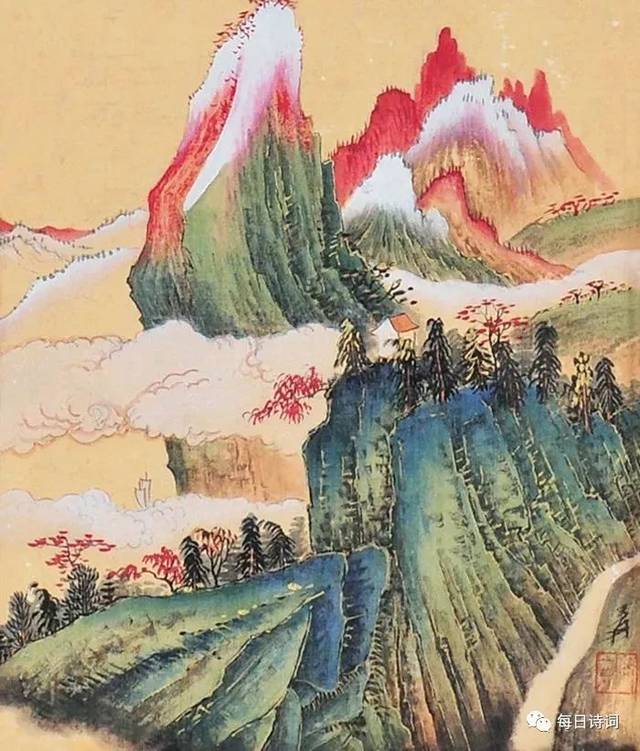
悲莫悲生离别，乐莫乐新相识，儿女古今情。